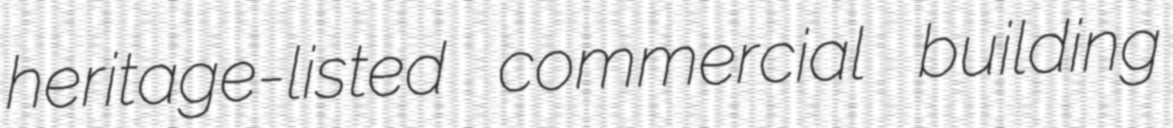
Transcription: heritage-listed commercial building